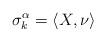
LaTeX: \begin{align*}\sigma_{k}^{\alpha}=\langle X, \nu \rangle\end{align*}